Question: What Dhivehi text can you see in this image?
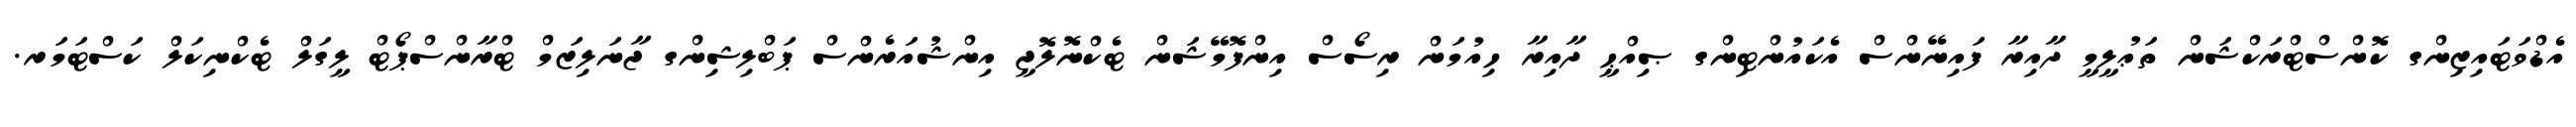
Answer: އެޑްވަޓައިޒިންގ ކޮންސްޓްރަކްޝަން ތަޢުލީމީ ދާއިރާ ފައިނޭންސް އެކައުންޓިންގ ޞިއްޙީ ދާއިރާ ހިއުމަން ރިސޯސް އިންފޮމޭޝަން ޓެކްނޮލޮޖީ އިންޝުއަރެންސް ޕަބްލިޝިންގ ޖާނަލިޒަމް ޓްރާންސްޕޯޓް ލީގަލް ޓެކްނިކަލް ކަސްޓަމަރ.